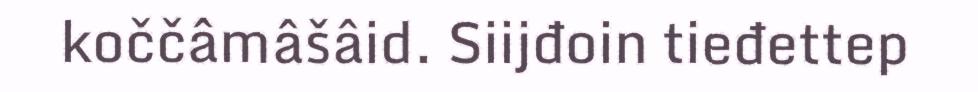
koččâmâšâid. Siijđoin tieđettep